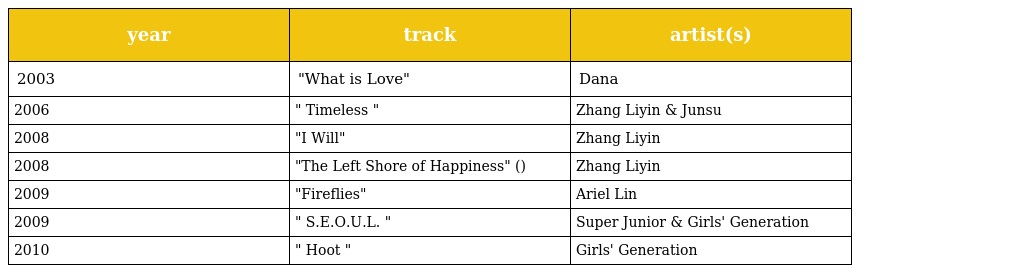
| year | track | artist(s) |
 | --- | --- | --- |
 | 2003 | "What is Love" | Dana |
 | 2006 | " Timeless " | Zhang Liyin & Junsu |
 | 2008 | "I Will" | Zhang Liyin |
 | 2008 | "The Left Shore of Happiness" (幸福的左岸) | Zhang Liyin |
 | 2009 | "Fireflies" | Ariel Lin |
 | 2009 | " S.E.O.U.L. " | Super Junior & Girls' Generation |
 | 2010 | " Hoot " | Girls' Generation |